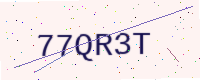
Text: 77QR3T